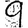
Digit: 9